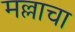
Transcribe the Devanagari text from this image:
मल्लाचा